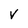
Character: v